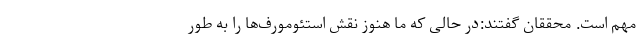
مهم است. محققان گفتند:در حالی که ما هنوز نقش استئومورف‌ها را به طور